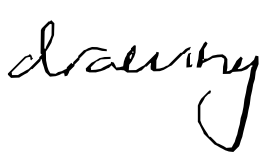
Text: drawing
Cross-out: clean
Writing tool: digital_black